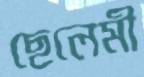
ছেলেমী